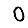
Digit: 0